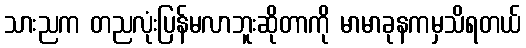
သားညက တညလုံးပြန်မလာဘူးဆိုတာကို မာမာခုနကမှသိရတယ်